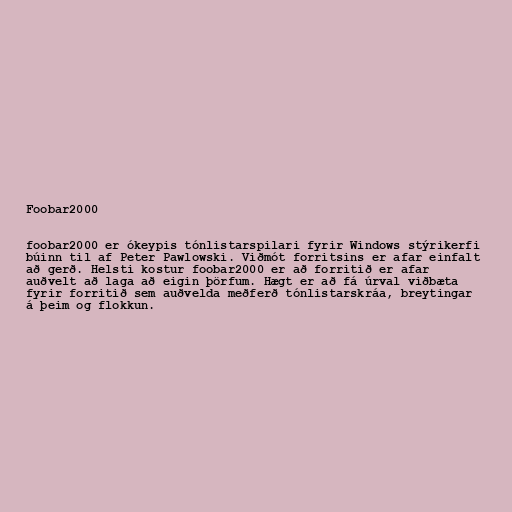
Foobar2000

foobar2000 er ókeypis tónlistarspilari fyrir Windows stýrikerfi
búinn til af Peter Pawlowski. Viðmót forritsins er afar einfalt
að gerð. Helsti kostur foobar2000 er að forritið er afar
auðvelt að laga að eigin þörfum. Hægt er að fá úrval viðbæta
fyrir forritið sem auðvelda meðferð tónlistarskráa, breytingar
á þeim og flokkun.